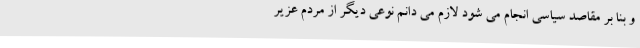
و بنا بر مقاصد سیاسی انجام می شود لازم می دانم نوعی دیگر از مردم عزیر